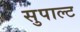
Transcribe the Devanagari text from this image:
सुपाल्ट